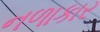
નળાકાર